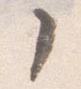
了